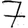
Digit: 7